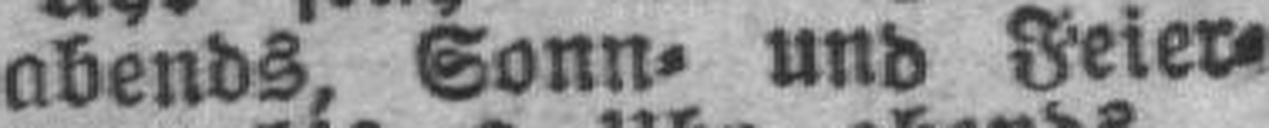
abends, Sonn= und Feier¬